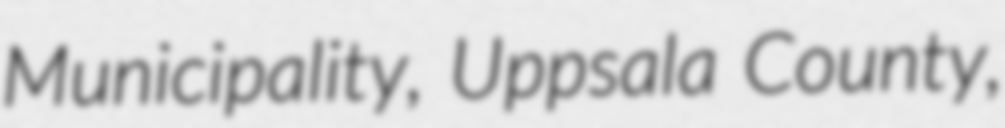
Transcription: Municipality, Uppsala County,